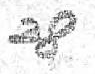
28